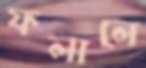
ফলালে